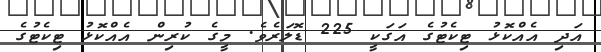
އަދި އެއްކޮޅު ޓިކެޓުގެ އަގަކީ 225 ޑޮލަރެވެ. މީގެ ކުރިން އެއްކޮޅު ޓިކެޓުގެ